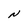
Character: N